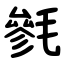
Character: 毿